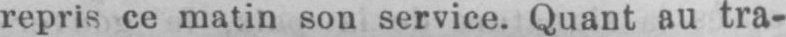
repris ce matin son service. Quant au tra-